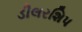
ડીલરશિપ